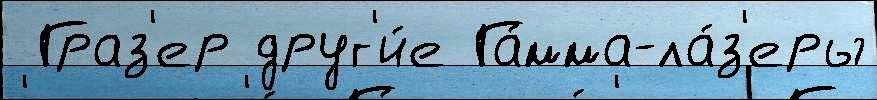
 Граз'ер друг'и́е Га́мма-ла́з'еры